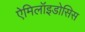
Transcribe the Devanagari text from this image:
ऐमिलॉइडोसिस